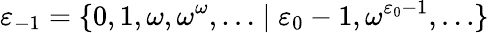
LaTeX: \varepsilon_{-1}=\{ 0,1,\omega,\omega^{\omega},\ldots\mid\varepsilon_{0}-1,\omega^{\varepsilon_{0}-1},\ldots\}